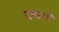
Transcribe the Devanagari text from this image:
दमडाजी